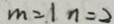
m = 1 n = 2